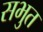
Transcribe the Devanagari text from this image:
सभुत